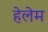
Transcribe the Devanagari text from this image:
हेलेम